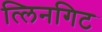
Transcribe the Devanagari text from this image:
त्लिनगिट